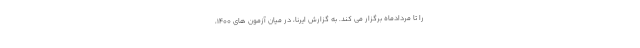
را تا مردادماه برگزار می کند. به گزارش ایرنا، در میان آزمون های ۱۴۰۰،